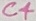
Text: C4